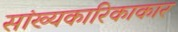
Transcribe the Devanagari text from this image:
सांख्यकारिकाकार